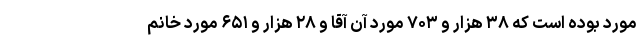
مورد بوده است که ۳۸ هزار و ۷۰۳ مورد آن آقا و ۲۸ هزار و ۶۵۱ مورد خانم